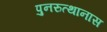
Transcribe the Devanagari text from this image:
पुनरुत्थानास